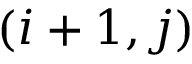
( i + 1 , j )